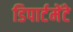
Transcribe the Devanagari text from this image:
डिपार्टमेंटे